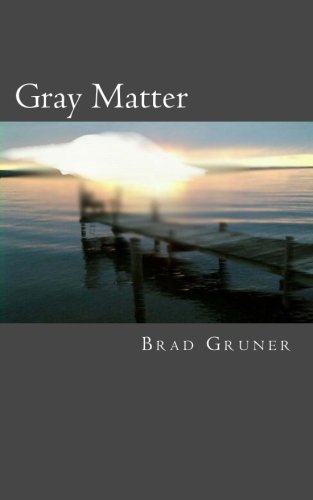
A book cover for Gray Matter; Brad Gruner; Science Fiction & Fantasy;